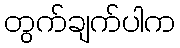
တွက်ချက်ပါက